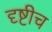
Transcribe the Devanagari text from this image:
दृष्टीच